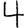
Digit: 4